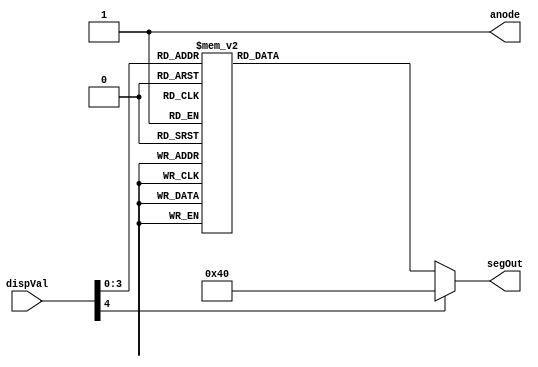
`timescale 1ns / 1ps
//////////////////////////////////////////////////////////////////////////////////
// Company: 
// Engineer: 
// 
// Design Name: 
// Module Name: sevSegment
// Project Name: 
// Target Devices: 
// Tool Versions: 
// Description: 
// 
// Dependencies: 
// 
// Revision:
// Revision 0.01 - File Created
// Additional Comments:
// 
//////////////////////////////////////////////////////////////////////////////////


module sevSegment(
    input wire [4:0] dispVal,
    output reg anode,
    output reg [6:0] segOut
    );

    always@(*) begin


        anode = 1'b1;

        case (dispVal)

            4'b0000: segOut = 7'b0111111;
            4'b0001: segOut = 7'b0000110;
            4'b0010: segOut = 7'b1011011;
            4'b0011: segOut = 7'b1001111;
            4'b0100: segOut = 7'b1100110;
            4'b0101: segOut = 7'b1101101;
            4'b0110: segOut = 7'b1111101;
            4'b0111: segOut = 7'b0000111;
            4'b1000: segOut = 7'b1111111;
            4'b1001: segOut = 7'b1101111;
            4'b1010: segOut = 7'b1110111;
            4'b1011: segOut = 7'b1111100;
            4'b1100: segOut = 7'b0111001;
            4'b1101: segOut = 7'b1011110;
            4'b1110: segOut = 7'b1111001;
            4'b1111: segOut = 7'b1110001;
            default: segOut = 7'b1000000;
        endcase
    end
endmodule